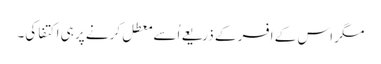
مگر اس کے افسر کے ذریعے اُسے معطل کرنے پر ہی اکتفا کی۔